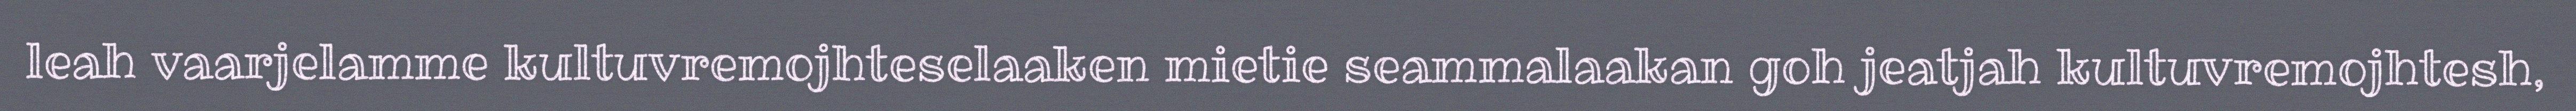
leah vaarjelamme kultuvremojhteselaaken mietie seammalaakan goh jeatjah kultuvremojhtesh,